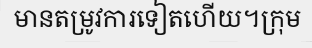
មានតម្រូវការទៀតហើយ។ក្រុម